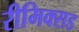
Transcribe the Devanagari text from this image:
रीमिक्सड